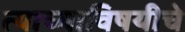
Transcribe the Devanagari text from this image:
त्याच्याविषयीचे